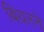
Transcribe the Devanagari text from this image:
बियरने